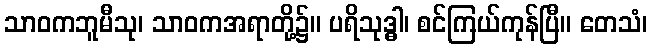
သာဝကဘူမီသု၊ သာဝကအရာတို့၌။ ပရိသုဒ္ဓါ၊ စင်ကြယ်ကုန်ပြီ။ တေသံ၊